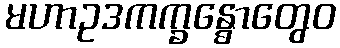
မဟာဥဒကက္ခန္ဓောတွေဝ